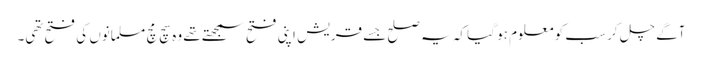
آگے چل کر سب کو معلوم ہو گیا کہ یہ صلح جسے قریش اپنی فتح سمجھتے تھے وہ سچ مچ مسلمانوں کی فتح تھی۔